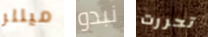
ميللر نبدو تحررت